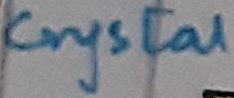
Text: Crystal